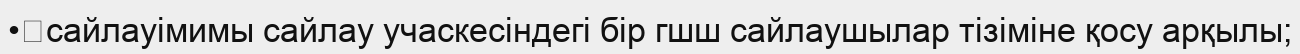
•	сайлауімимы сайлау учаскесіндегі бір гшш сайлаушылар тізіміне қосу арқылы;